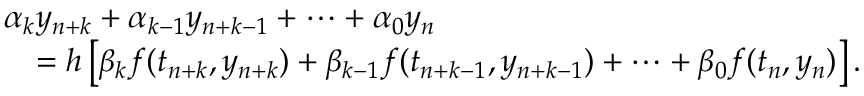
{ \begin{array} { r l } & { \alpha _ { k } y _ { n + k } + \alpha _ { k - 1 } y _ { n + k - 1 } + \cdots + \alpha _ { 0 } y _ { n } } \\ & { \quad = h \left[ \beta _ { k } f ( t _ { n + k } , y _ { n + k } ) + \beta _ { k - 1 } f ( t _ { n + k - 1 } , y _ { n + k - 1 } ) + \cdots + \beta _ { 0 } f ( t _ { n } , y _ { n } ) \right] . } \end{array} }